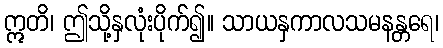
ဣတိ၊ ဤသို့နှလုံးပိုက်၍။ သာယနှကာလသမနန္တရေ၊